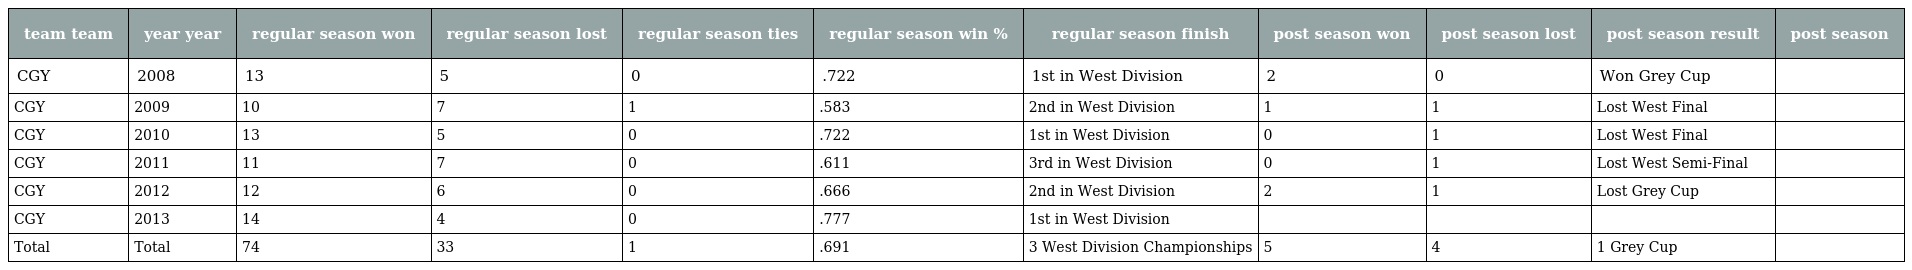
| team team | year year | regular season won | regular season lost | regular season ties | regular season win % | regular season finish | post season won | post season lost | post season result | post season |
 | --- | --- | --- | --- | --- | --- | --- | --- | --- | --- | --- |
 | CGY | 2008 | 13 | 5 | 0 | .722 | 1st in West Division | 2 | 0 | Won Grey Cup |  |
 | CGY | 2009 | 10 | 7 | 1 | .583 | 2nd in West Division | 1 | 1 | Lost West Final |  |
 | CGY | 2010 | 13 | 5 | 0 | .722 | 1st in West Division | 0 | 1 | Lost West Final |  |
 | CGY | 2011 | 11 | 7 | 0 | .611 | 3rd in West Division | 0 | 1 | Lost West Semi-Final |  |
 | CGY | 2012 | 12 | 6 | 0 | .666 | 2nd in West Division | 2 | 1 | Lost Grey Cup |  |
 | CGY | 2013 | 14 | 4 | 0 | .777 | 1st in West Division |  |  |  |  |
 | Total | Total | 74 | 33 | 1 | .691 | 3 West Division Championships | 5 | 4 | 1 Grey Cup |  |